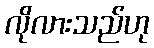
လိုလားသည်ဟု